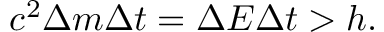
c ^ { 2 } \Delta m \Delta t = \Delta E \Delta t > h .